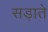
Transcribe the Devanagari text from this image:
सड़ाते